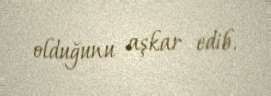
olduğunu aşkar edib.